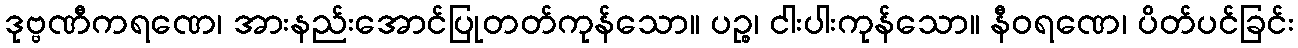
ဒုဗ္ဗဏီကရဏေ၊ အားနည်းအောင်ပြုတတ်ကုန်သော။ ပဉ္စ၊ ငါးပါးကုန်သော။ နီဝရဏေ၊ ပိတ်ပင်ခြင်း